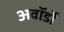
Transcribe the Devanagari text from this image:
अवॉर्डों